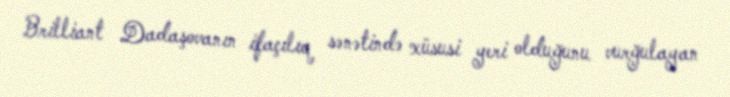
Brilliant Dadaşovanın ifaçılıq sənətində xüsusi yeri olduğunu vurğulayan